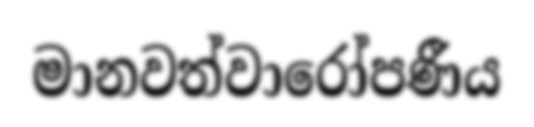
මානවත්වාරෝපණීය